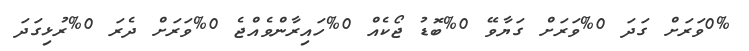
0%ވަރަށް ގަދަ 0%ވަރަށް ގަޔާވޭ 0%ބޮޑު ޖޯކެއް 0%ހައިރާންވެއްޖެ 0%ވަރަށް ދެރަ 0%ރުޅިގަދަ